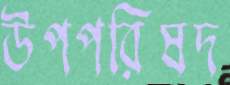
উপপরিষদ